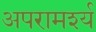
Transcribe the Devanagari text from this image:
अपरामर्श्य